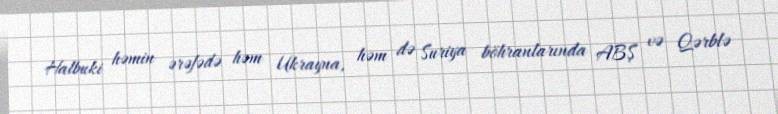
Halbuki həmin ərəfədə həm Ukrayna, həm də Suriya böhranlarında ABŞ və Qərblə